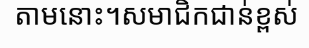
តាមនោះ។សមាជិកជាន់ខ្ពស់